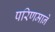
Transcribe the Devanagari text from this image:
परिणमाने